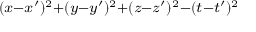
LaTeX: \scriptstyle ( x - x ^ { \prime } ) ^ { 2 } + ( y - y ^ { \prime } ) ^ { 2 } + ( z - z ^ { \prime } ) ^ { 2 } - ( t - t ^ { \prime } ) ^ { 2 }